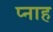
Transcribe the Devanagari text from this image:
प्नाह